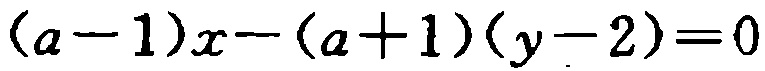
\((a - 1)x - (a + 1)(y - 2)=0\)